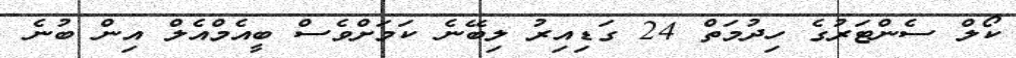
ކޯލް ސެންޓަރުގެ ހިދުމަތް 24 ގަޑިއިރު ލިބޭނެ ކަމަށްވެސް ބީއެމްއެލް އިން ބުނެ